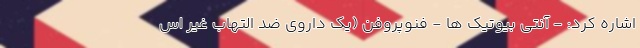
اشاره کرد: - آنتی بیوتیک ها - فنوپروفن (یک داروی ضد التهاب غیر اس